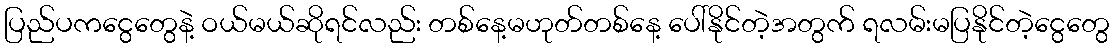
ပြည်ပကငွေတွေနဲ့ ဝယ်မယ်ဆိုရင်လည်း တစ်နေ့မဟုတ်တစ်နေ့ ပေါ်နိုင်တဲ့အတွက် ရလမ်းမပြနိုင်တဲ့ငွေတွေ